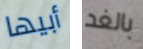
أبيها بالغد